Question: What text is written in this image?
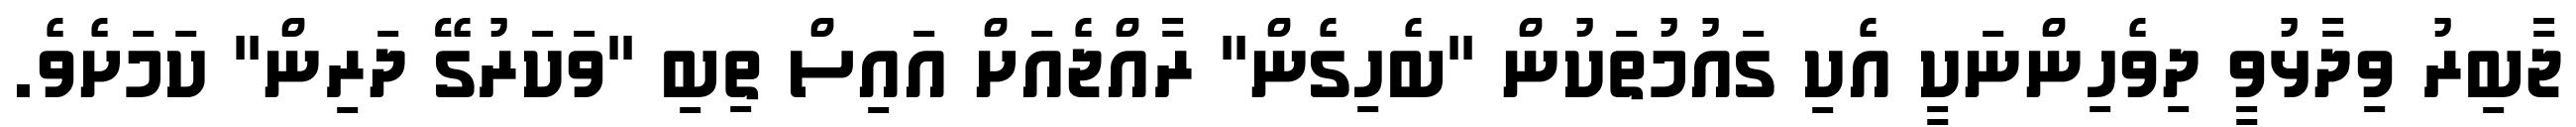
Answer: ޖާބިރު ވިދާޅުވީ ދިވެހިންނަކީ އެކި ގައުމުތަކުން "ބެހިގެން" ރާއްޖެއަށް އައިސް ތިބި "ވަކަރުގޭ ދަރިން" ކަމަށެވެ.